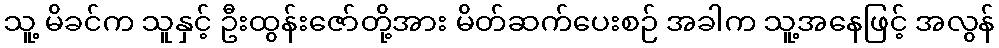
သူ့ မိခင်က သူနှင့် ဦးထွန်းဇော်တို့အား မိတ်ဆက်ပေးစဉ် အခါက သူ့အနေဖြင့် အလွန်